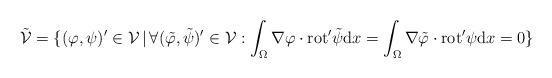
LaTeX: \begin{align*}\tilde{\mathcal{V}} = \{(\varphi, \psi)' \in \mathcal{V} \,|\, \forall (\tilde{\varphi}, \tilde{\psi})' \in \mathcal{V}:\int_{\Omega} \nabla \varphi \cdot \mathrm{rot}' \tilde{\psi} \mathrm{d} x =\int_{\Omega} \nabla \tilde{\varphi} \cdot \mathrm{rot}' \psi \mathrm{d} x = 0 \}\end{align*}